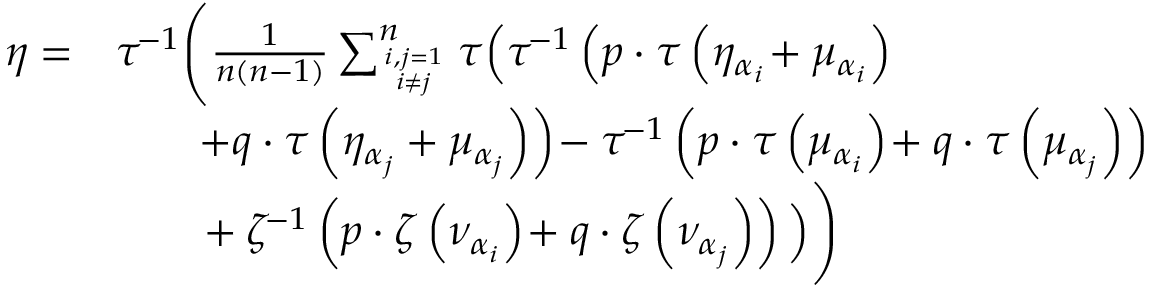
\begin{array} { r l } { \eta = } & { \tau ^ { \! - 1 } \Bigg ( \frac { 1 } { n ( n - 1 ) } \sum _ { i , j = 1 \atop i \neq j } ^ { n } \tau \Big ( \tau ^ { \! - 1 } \left( p \cdot \tau \left( \eta _ { \alpha _ { i } } \! + \mu _ { \alpha _ { i } } \right) \right. \Big . \Bigg . } \\ & { \left. \quad \quad \! + q \cdot \tau \left( \eta _ { \alpha _ { j } } + \mu _ { \alpha _ { j } } \right) \right) \! - \tau ^ { \! - 1 } \left( p \cdot \tau \left( \mu _ { \alpha _ { i } } \right) \! + q \cdot \tau \left( \mu _ { \alpha _ { j } } \right) \right) } \\ & { \Bigg . \Big . \quad \quad \! + \zeta ^ { \! - 1 } \left( p \cdot \zeta \left( \nu _ { \alpha _ { i } } \right) \! + q \cdot \zeta \left( \nu _ { \alpha _ { j } } \right) \right) \Big ) \Bigg ) } \end{array}